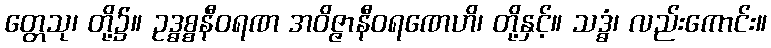
တ္တေသု၊ တို့၌။ ဥဒ္ဓစ္စနီဝရဏ အဝိဇ္ဇာနီဝရဏေဟိ၊ တို့နှင့်။ သဒ္ဓံ၊ လည်းကောင်း။